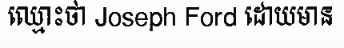
ឈ្មោះថា Joseph Ford ដោយមាន